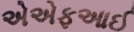
એએફઆઈ